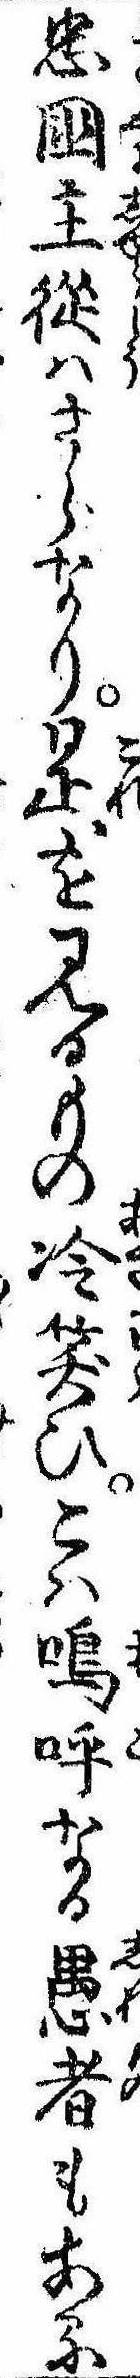
忠国主従はさらなり是を見るもの冷笑ひこは嗚呼なる愚者もある